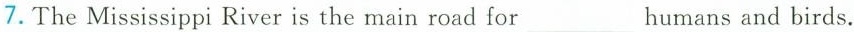
7.The Mississippi River is the main road for ___ humans and birds.